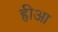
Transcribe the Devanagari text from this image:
ह्रीआ